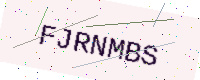
Text: FJRNMBS